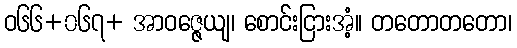
ဝ၆၆+၀၆၇+ အာဝဇ္ဇေယျ၊ စောင်းငြားအံ့။ တတောတတော၊